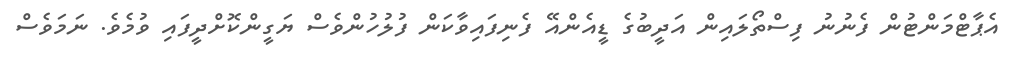
އެޕާޓްމަންޓުން ފެނުނު ފިސްތޯލައިން އަދީބުގެ ޑީއެންއޭ ފެނިފައިވާކަން ފުލުހުންވެސް ޔަގީންކޮށްދީފައި ވުމެވެ. ނަމަވެސް